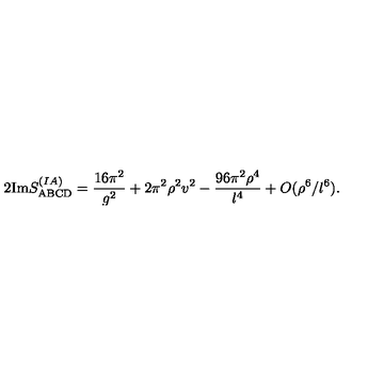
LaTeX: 2 \mathrm { I m } S _ { \mathrm { A B C D } } ^ { ( I A ) } = \frac { 1 6 \pi ^ { 2 } } { g ^ { 2 } } + 2 \pi ^ { 2 } \rho ^ { 2 } v ^ { 2 } - \frac { 9 6 \pi ^ { 2 } \rho ^ { 4 } } { l ^ { 4 } } + O ( \rho ^ { 6 } / l ^ { 6 } ) .